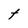
Character: t